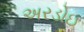
અરડોઇ